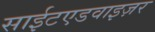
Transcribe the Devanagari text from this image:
साईटएडवाइज़र